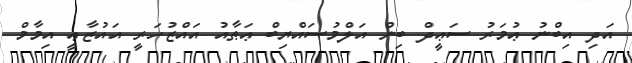
އަދި އިބްނު ޢުމަރު ސަޢީދް ބިން އަލްމުސައްޔިބް ޢަޠާއު އައްޒުހަރީ އައުޒާޢީ އިމާމް